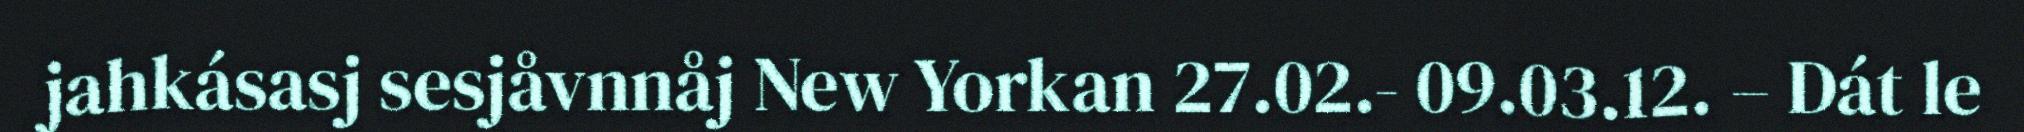
jahkásasj sesjåvnnåj New Yorkan 27.02.- 09.03.12. – Dát le